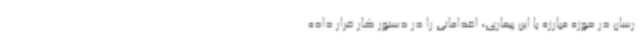
رسان در حوزه مبارزه با این بیماری، اقداماتی را در دستور کار قرار داده